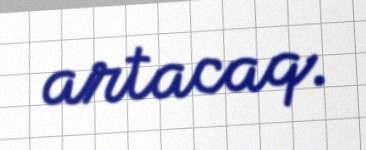
artacaq.